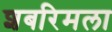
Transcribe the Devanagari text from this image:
शबरिमला